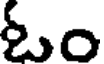
ఓం